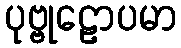
ပုဗ္ဗုဠောပမာ